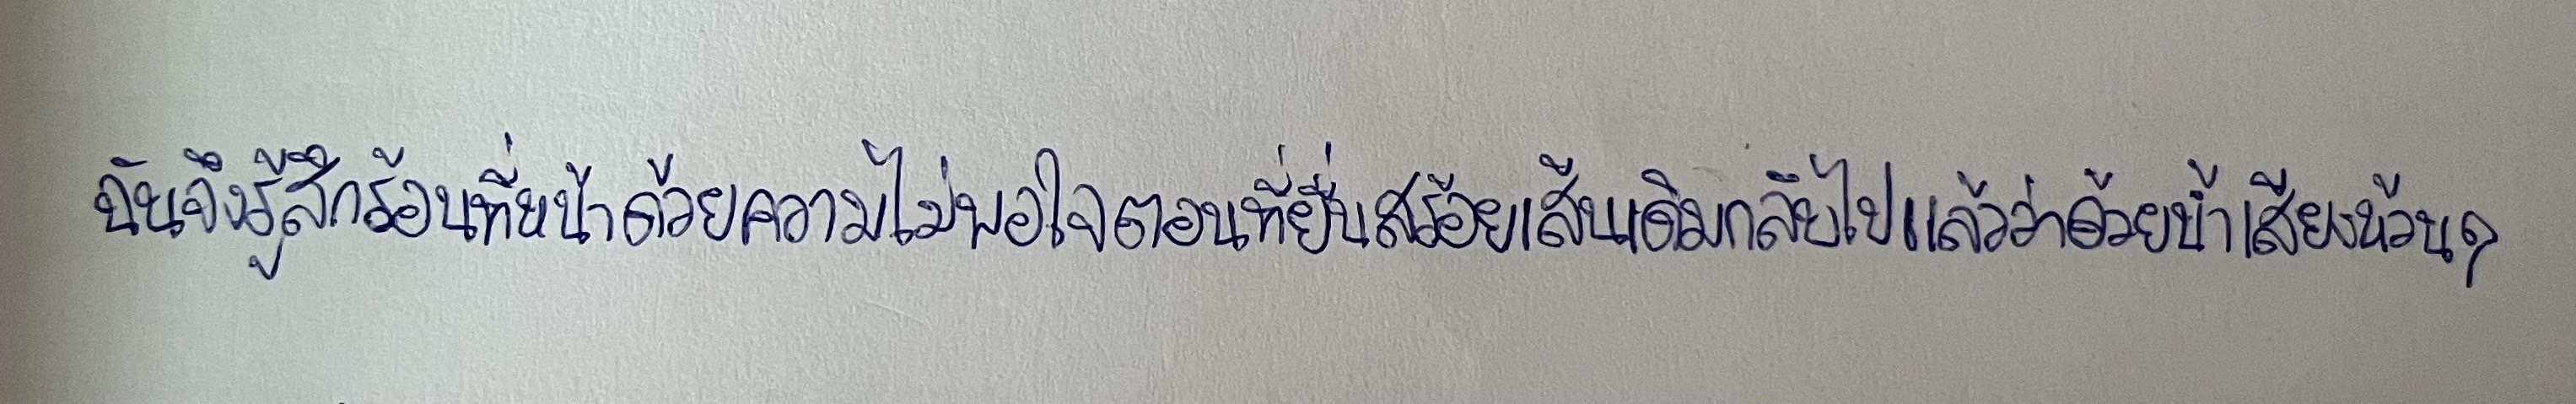
ฉันจึงรู้สึกร้อนที่หน้าด้วยความไม่พอใจตอนที่ยื่นสร้อยเส้นเดิมกลับไปแล้วว่าด้วยน้ำเสียงห้วนๆ